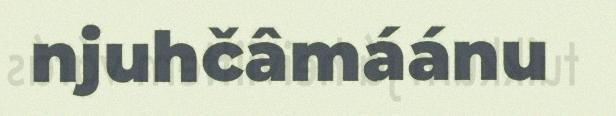
njuhčâmáánu